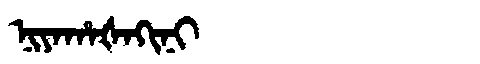
Manchu: ᠨᡳᠶᠠᡥᠠᡧᠠᡴᡳᠨᡳ
Romanization: NIYAHAŠAKINI